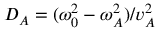
D _ { A } = ( \omega _ { 0 } ^ { 2 } - \omega _ { A } ^ { 2 } ) / v _ { A } ^ { 2 }